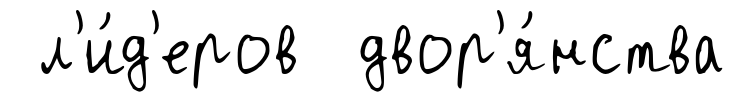
л'и́д'еров двор'я́нства